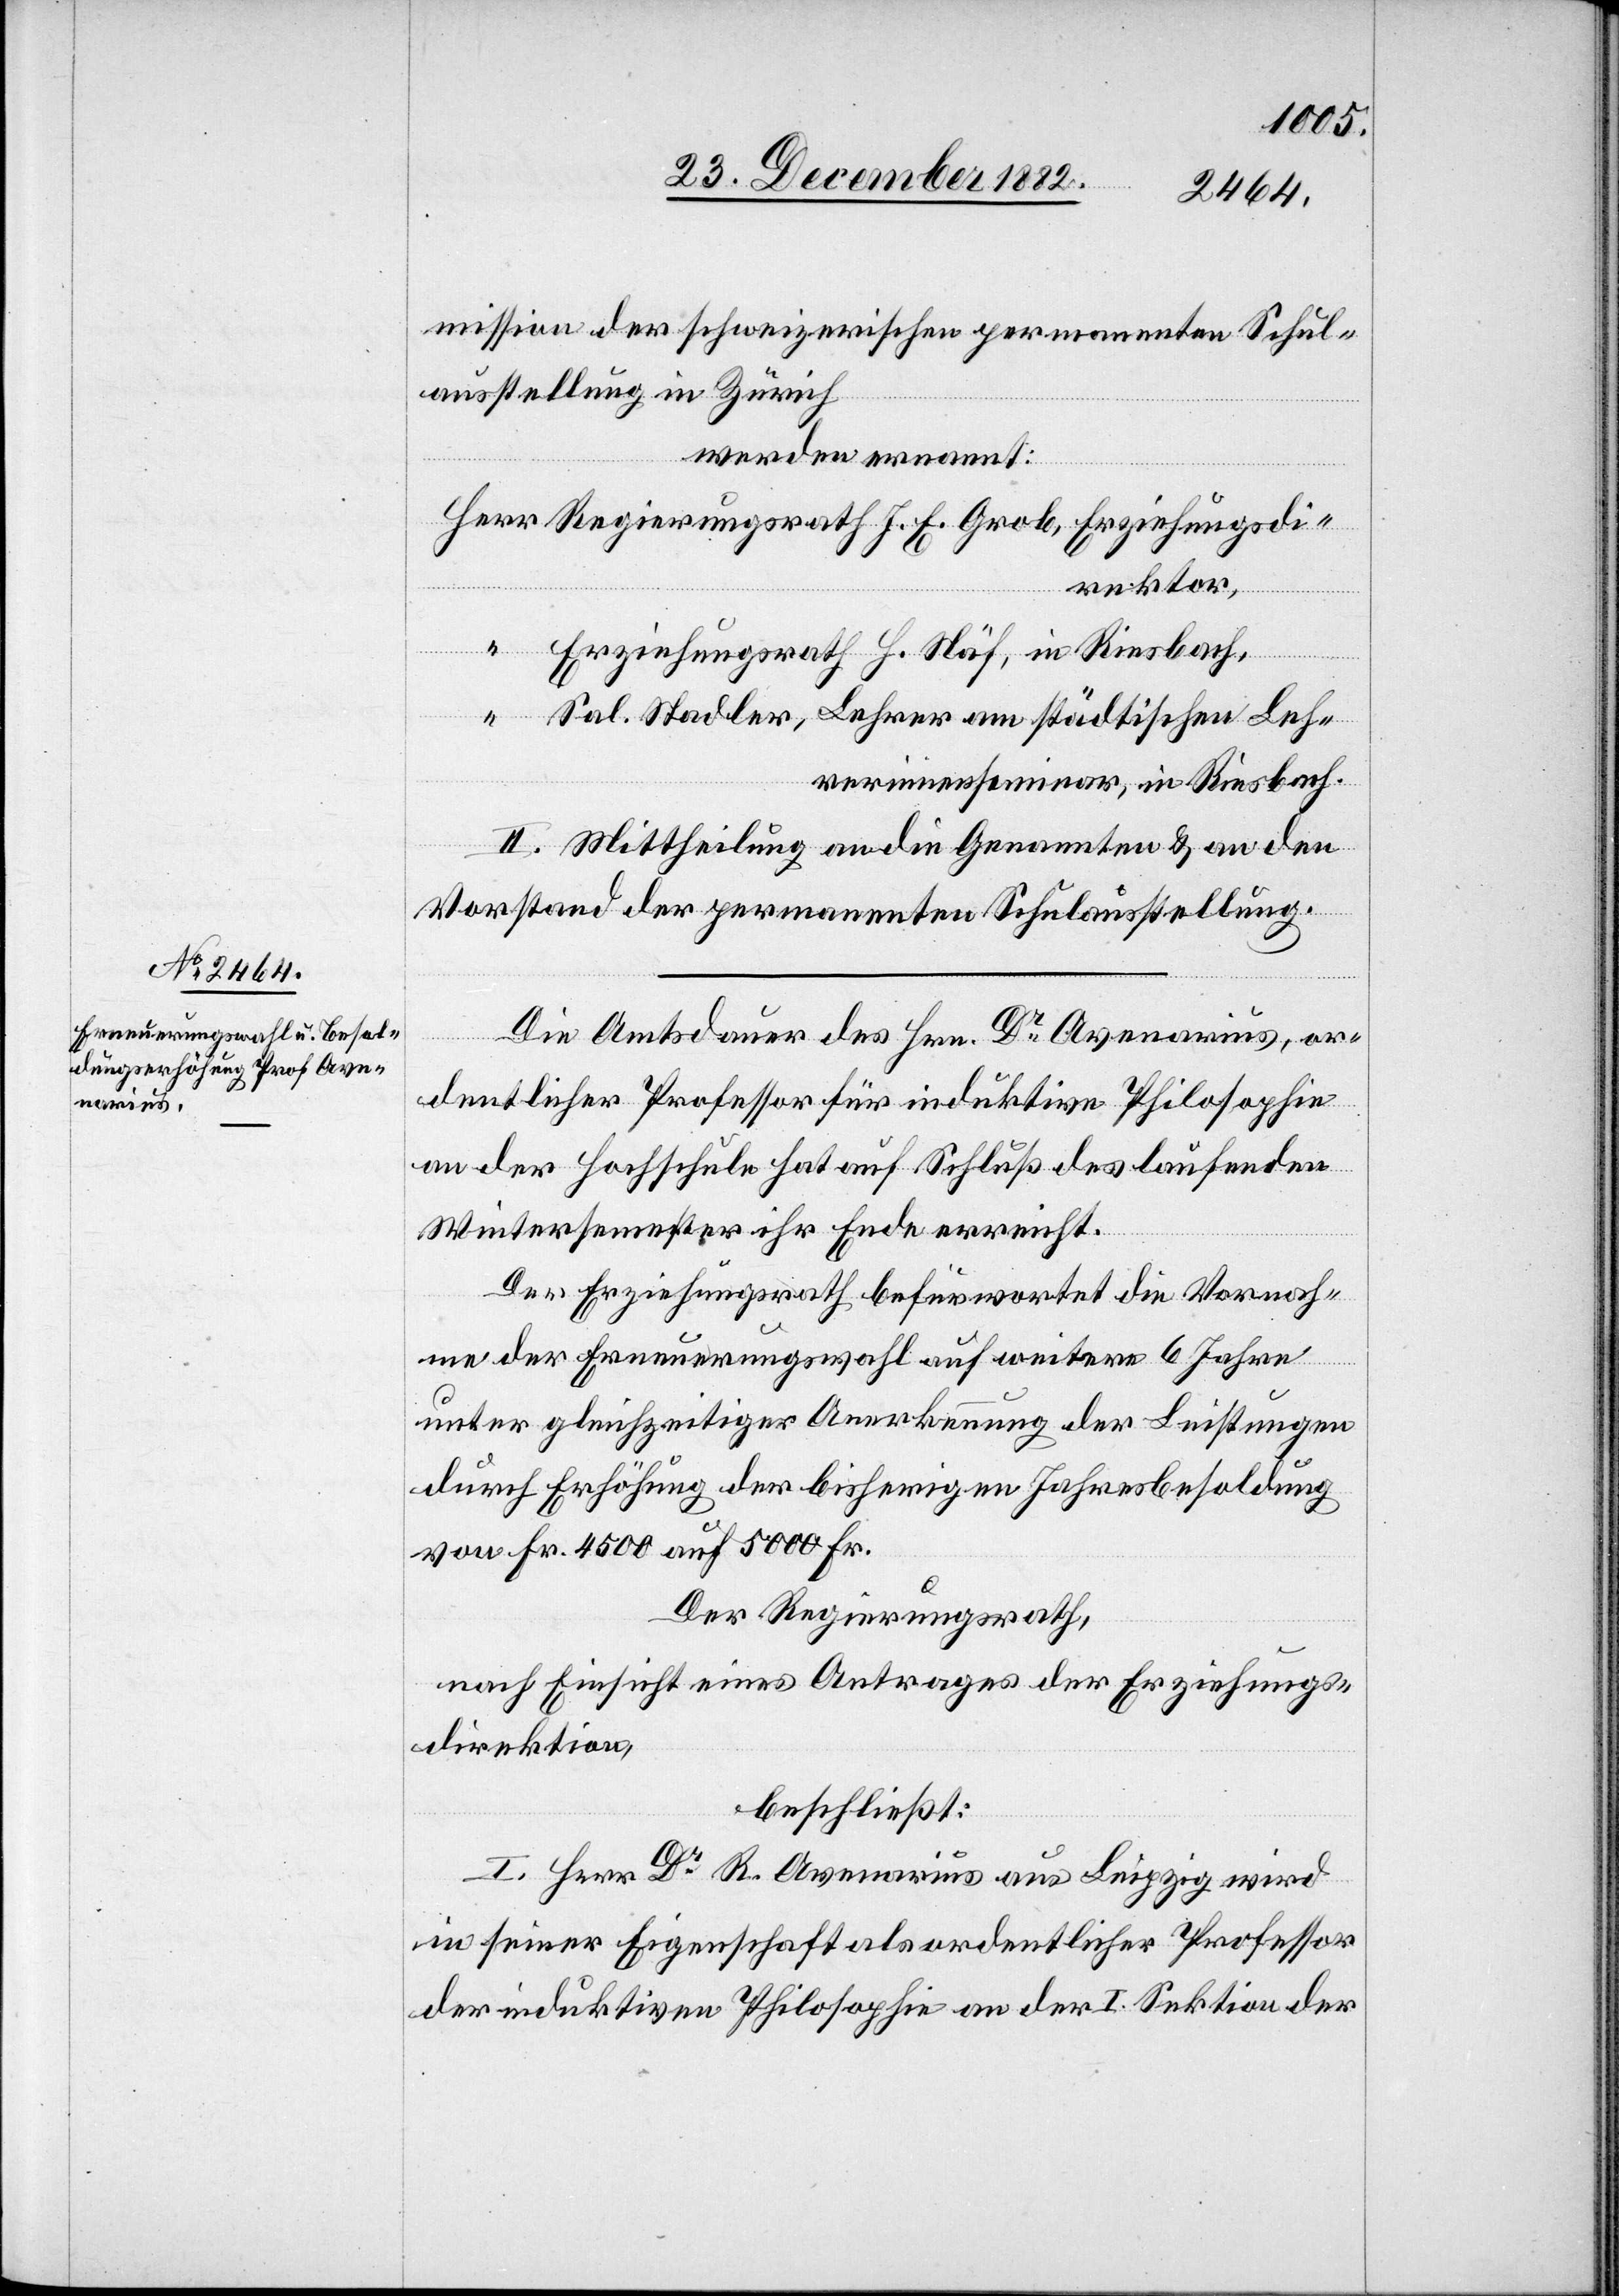
mission der schweizerischen permanenten Schul¬
ausstellung in Zürich
werden ernannt:
Erziehungsrath H. Näf, in Riesbach,
Sal. Stadler, Lehrer am städtischen Leh¬
rerinnenseminar, in Riesbach.
II. Mittheilung an die Genannten & an den
Vorstand der permanenten Schulausstellung.
Die Amtsdauer des Hrn. Dr Avenarius, or¬
dentlicher Professor für induktive Philosophie
an der Hochschule hat auf Schluß des laufenden
Wintersemesters ihr Ende erreicht.
Der Erziehungsrath befürwortet die Vornah¬
me der Erneuerungswahl auf weitere 6 Jahre
unter gleichzeitiger Anerkennung der Leistungen
durch Erhöhung der bisherigen Jahresbesoldung
von Fr. 4500 auf 5000 Fr.
Der Regierungsrath,
nach Einsicht eines Antrages der Erziehungs¬
direktion,
beschließt:
I. Herr Dr R. Avenarius aus Leipzig wird
in seiner Eigenschaft als ordentlicher Professor
der induktiven Philosophie an der I. Sektion der